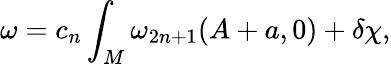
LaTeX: \omega=c_{n}\int_{M}\omega_{2n+1}(A+a,0)+\delta\chi,